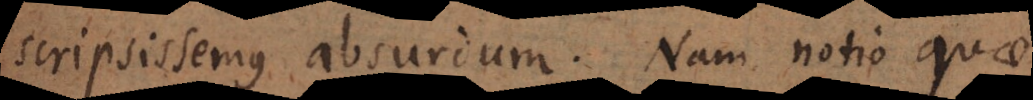
scripsissemus absurdum. Nam notio quae